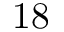
1 8